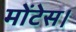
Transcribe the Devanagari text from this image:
मोंटेस।